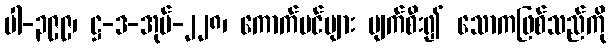
ပါ-၃၉၉၊ ဋ္ဌ-ဒ-အုပ်-၂၂၈၊ ကောက်ပင်များ ပျက်စီး၍ သောကဖြစ်သည်ကို